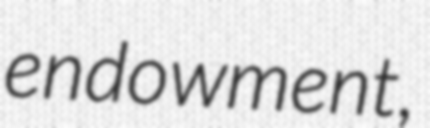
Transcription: endowment,